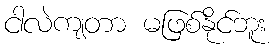
ငါလဲကျတာ မဖြစ်နိုင်ဘူး